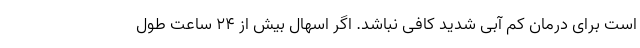
است برای درمان کم آبی شدید کافی نباشد. اگر اسهال بیش از 24 ساعت طول